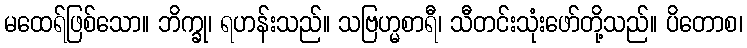
မထေရ်ဖြစ်သော။ ဘိက္ခု၊ ရဟန်းသည်။ သဗြဟ္မစာရီ၊ သီတင်းသုံးဖော်တို့သည်။ ပိတောစ၊